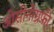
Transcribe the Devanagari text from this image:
ओसीनोग्रफी